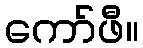
ကော်ဖီ။